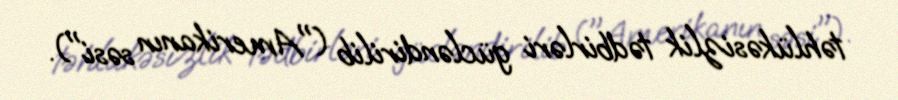
təhlükəsizlik tədbirləri gücləndirilib ("Amerikanın səsi").